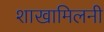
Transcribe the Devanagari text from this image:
शाखामिलनी